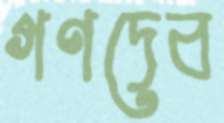
গণদেব